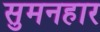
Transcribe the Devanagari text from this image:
सुमनहार